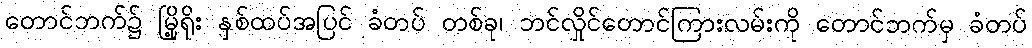
တောင်ဘက်၌ မြို့ရိုး နှစ်ထပ်အပြင် ခံတပ် တစ်ခု၊ ဘင်လှိုင်တောင်ကြားလမ်းကို တောင်ဘက်မှ ခံတပ်